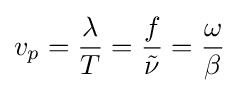
v_{p}={\frac {\lambda }{T}}={\frac {f}{\tilde {\nu }}}={\frac {\omega }{\beta }}